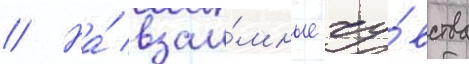
// На́ взаи́мные чу́вства